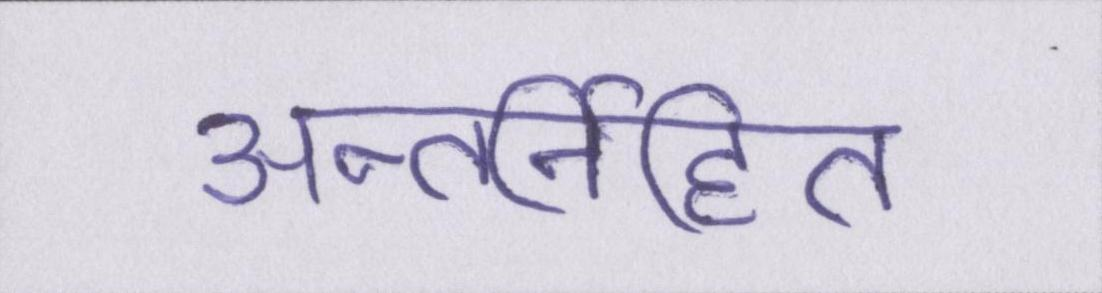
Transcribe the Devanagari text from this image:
अन्तर्निहित